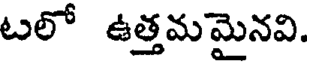
టలో ఉత్తమమైనవి.